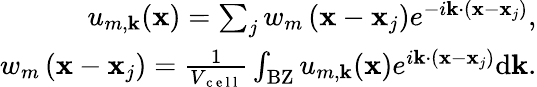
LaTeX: \begin{array}{r}{u_{m,\mathbf{k}}(\mathbf{x})=\sum_{j}w_{m}\left(\mathbf{x}-\mathbf{x}_{j}\right)e^{-i\mathbf{k}\cdot\left(\mathbf{x}-\mathbf{x}_{j}\right)},}\\ {w_{m}\left(\mathbf{x}-\mathbf{x}_{j}\right)=\frac{1}{V_{\mathrm{~c~e~l~l~}}}\int_{\mathrm{BZ}}u_{m,\mathbf{k}}(\mathbf{x})e^{i\mathbf{k}\cdot\left(\mathbf{x}-\mathbf{x}_{j}\right)}\mathrm{d}\mathbf{k}.}\end{array}